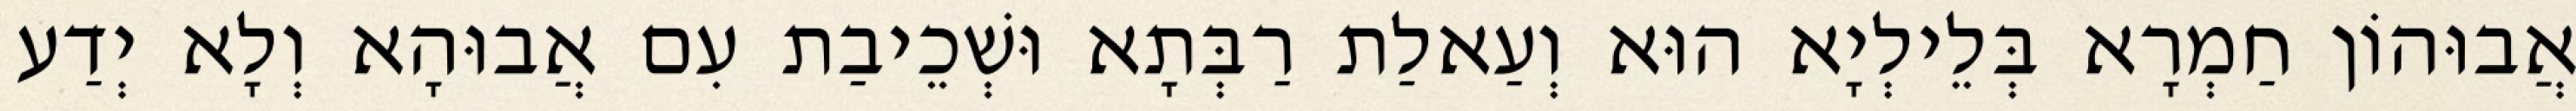
אֲבוּהוֹן חַמְרָא בְּלֵילְיָא הוּא וְעַאלַת רַבְּתָא וּשְׁכֵיבַת עִם אֲבוּהָא וְלָא יְדַע